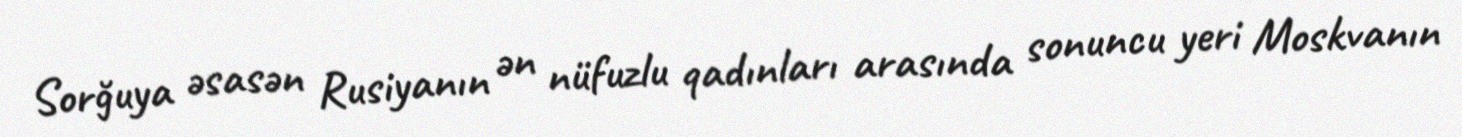
Sorğuya əsasən Rusiyanın ən nüfuzlu qadınları arasında sonuncu yeri Moskvanın